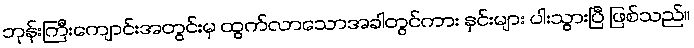
ဘုန်းကြီးကျောင်းအတွင်းမှ ထွက်လာသောအခါတွင်ကား နှင်းများ ပါးသွားပြီ ဖြစ်သည်။